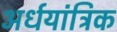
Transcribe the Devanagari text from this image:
अर्धयांत्रिक